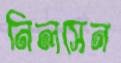
নিলসেন